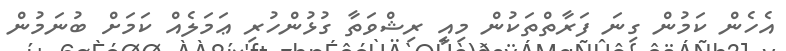
އެހެން ކަމުން ގިނަ ފަރާތްތަކުން މިއީ ރިޝްވަތާ ގުޅުންހުރި ޢަމަލެއް ކަމަށް ބުނަމުން